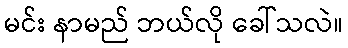
မင်း နာမည် ဘယ်လို ခေါ်သလဲ။